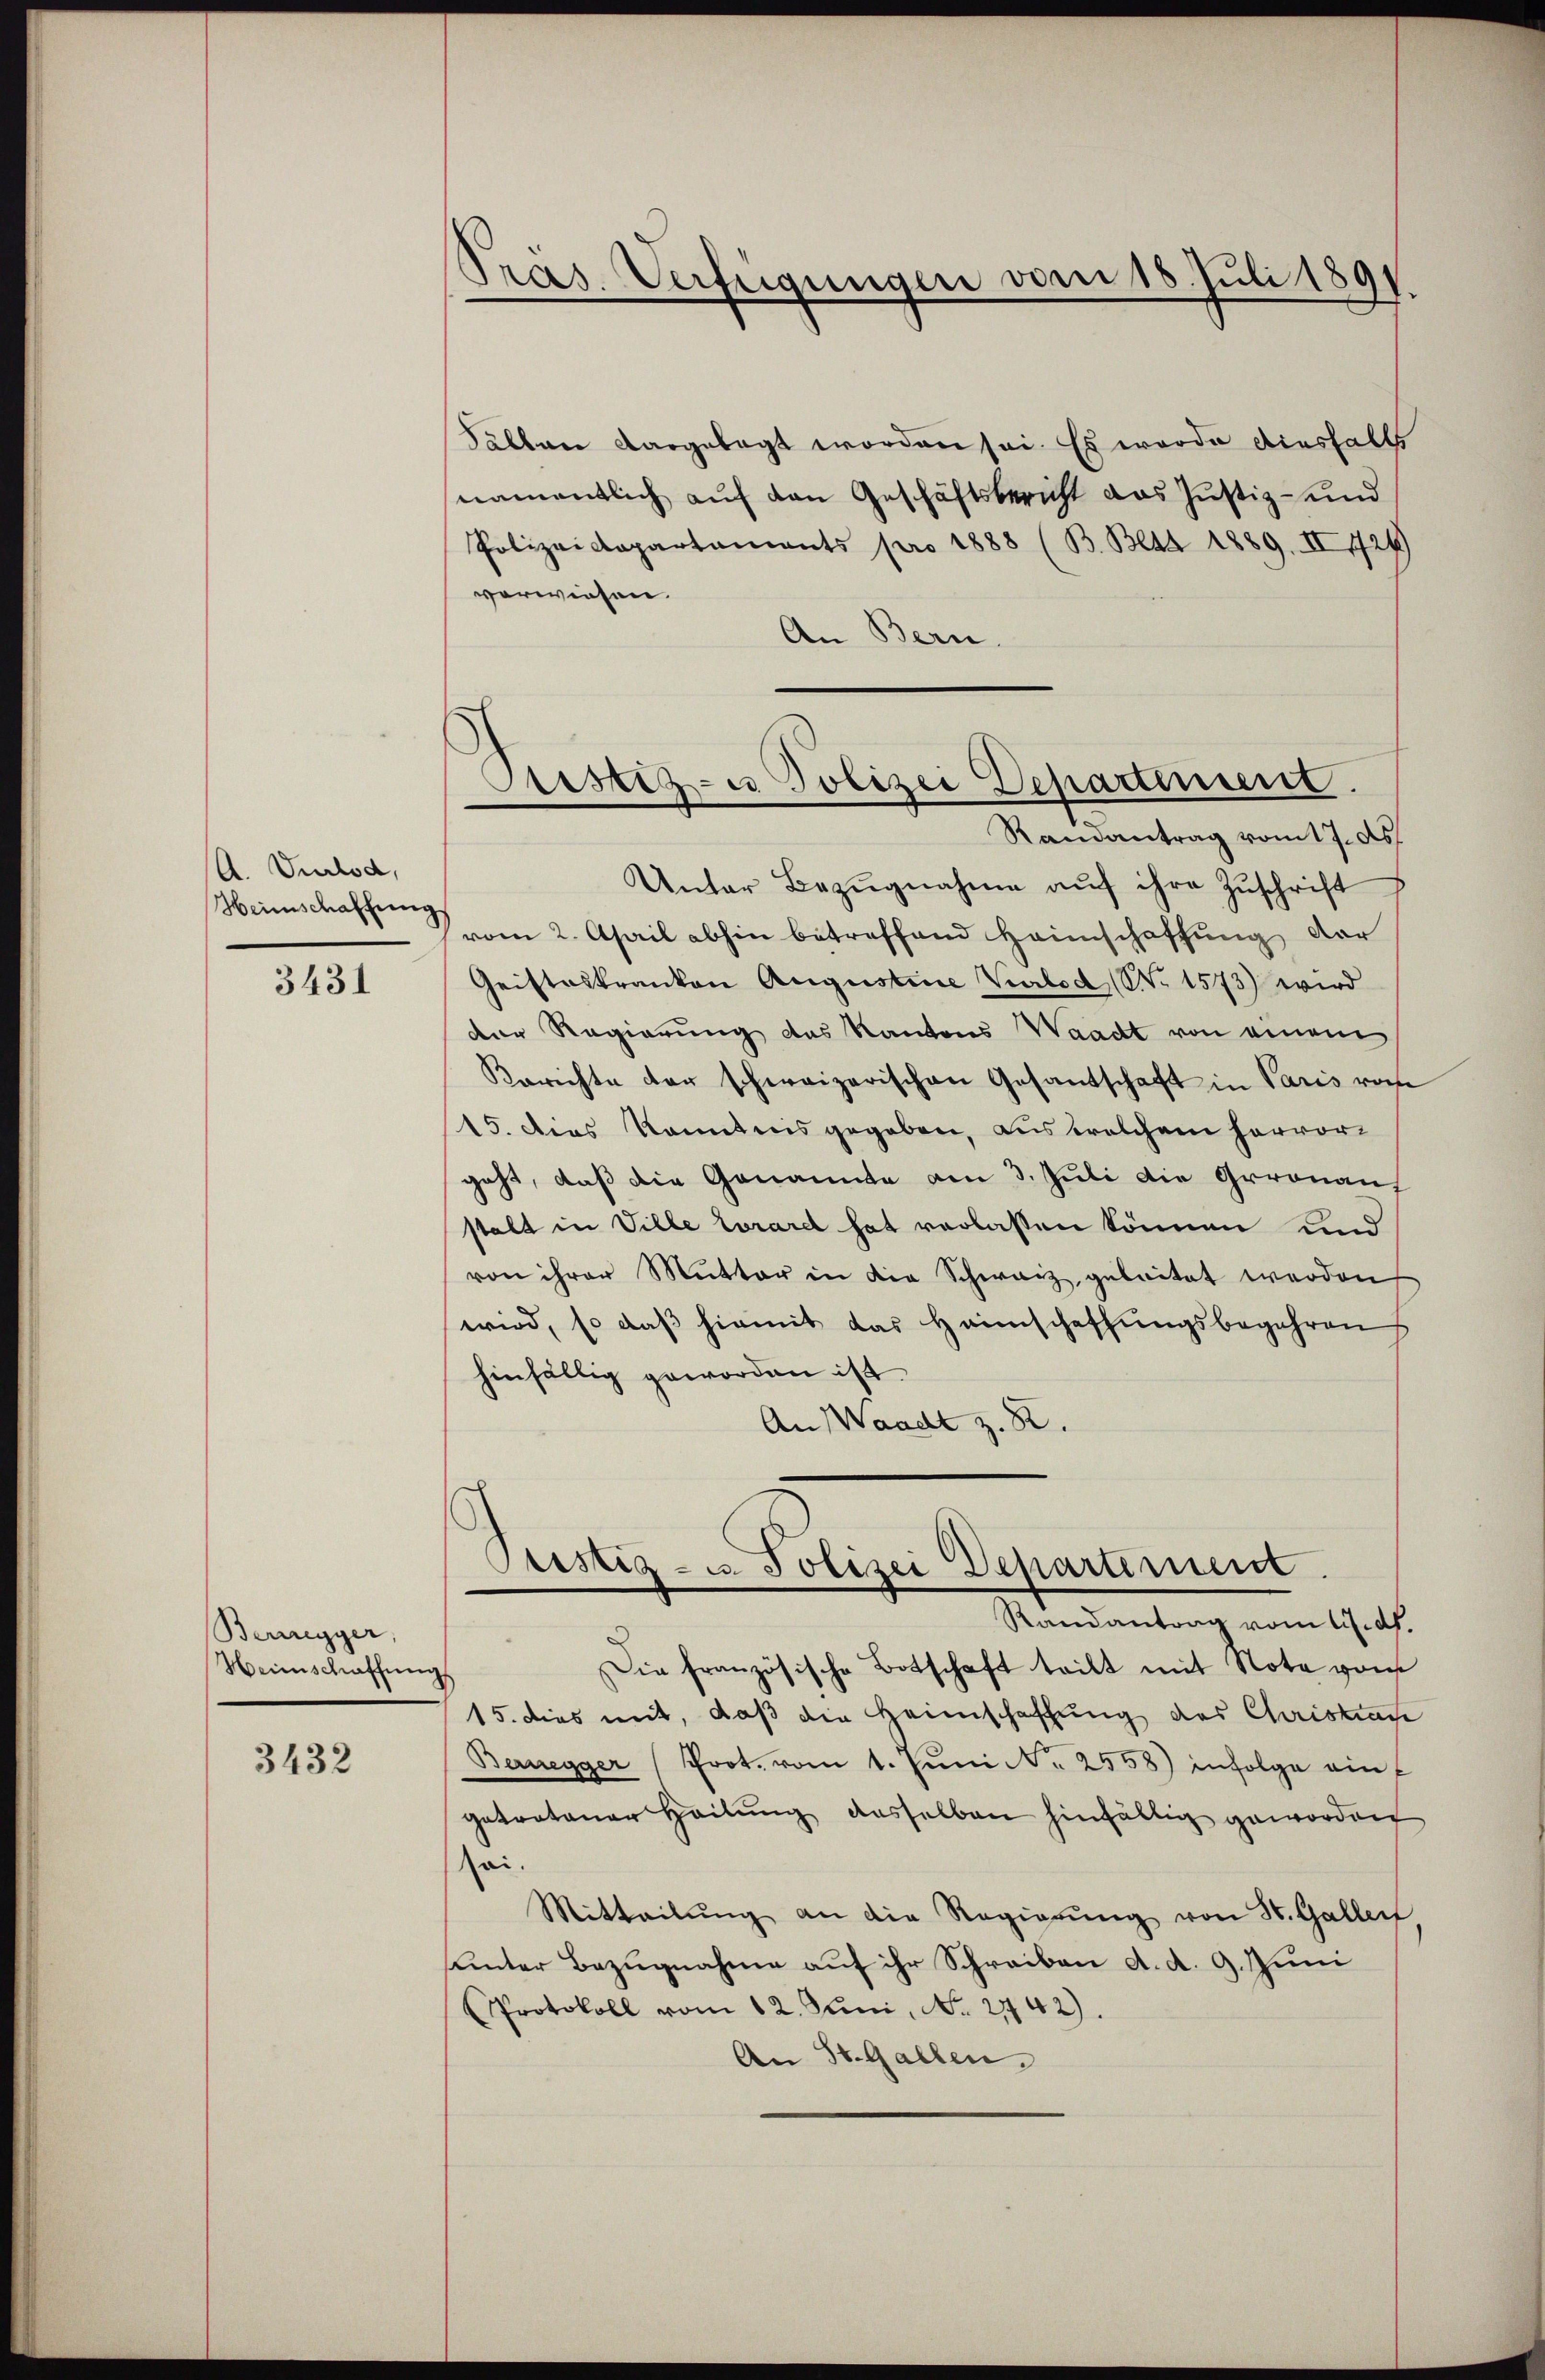
A. Vulod,
Heimschaffung

3431

Bernegger,
Heimschaffen

3432

Präs. Verfügungen vom 16. Juli 1891.

Fällen dargelegt worden sei. Es wurde diesfalls
namentlich auf den Geschäftsbericht das Justiz- und
Polizeidepartaments pro 1888 (B. Beat 1889. II 1724)
vorwiesen.
An Bern.
Unter Bezŭgnahme aŭf ihre Zŭschrift
vom 2. April abhin betreffend Heimschaffung der
Geisteskranken Augustine Verlod (Nr. 1573) wird
der Regierung das Kantons Waadt von einem
Berichte der schweizerischen Gesantschaft in Paris von
15. dies konntens gegeben, aus welchem hervor
geht, daß die Genannte am 3. Juli die Geronaus
stalt in Ville loraret hat verlassen können und
von ihrer Mutter in die Schwarz, geleitet werden
wird, so daß hiemit das Haimschaffungsbegehren
hinfällig geworden ist.
An Waadt z. R.
Stistig - u. Polizei Departement
Sensantrag vom 19 t.
Die französische Botschaft teilt mit Note vom
15. dies mit, daß die Heimschaffung des Christun
Bernegger (Prot. vom 1. Juni N. 2558) infolge eine
getretener Heilung dasselben hinfällig geworden
sei.
Mitteilŭng an die Regierŭng von St. Galler
unter Bezugnahme auf ihr Schreiben d. d. 9. Juni
Protokoll vom 12. Juni, No. 2742).
An St. Gallen.

Sistiz- u Polizei Departiniert.
Ramantrag vom 17. Ap

g